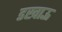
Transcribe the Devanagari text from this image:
डखाऊ